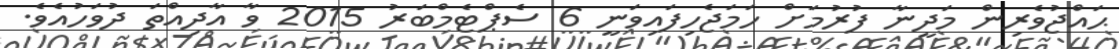
ޙައްޖުވެރިން މަދީނާ ފުރުމަށް ހަމަޖެހިފައިވަނީ 6 ސެޕްޓެމްބަރު 2015 ވާ އާދިއްތަ ދުވަހުއެވެ.